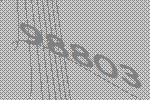
98803